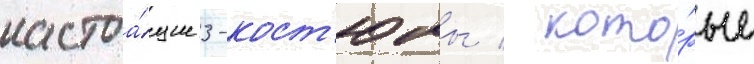
настоа́щие 3-кост'юмы / кото́рые